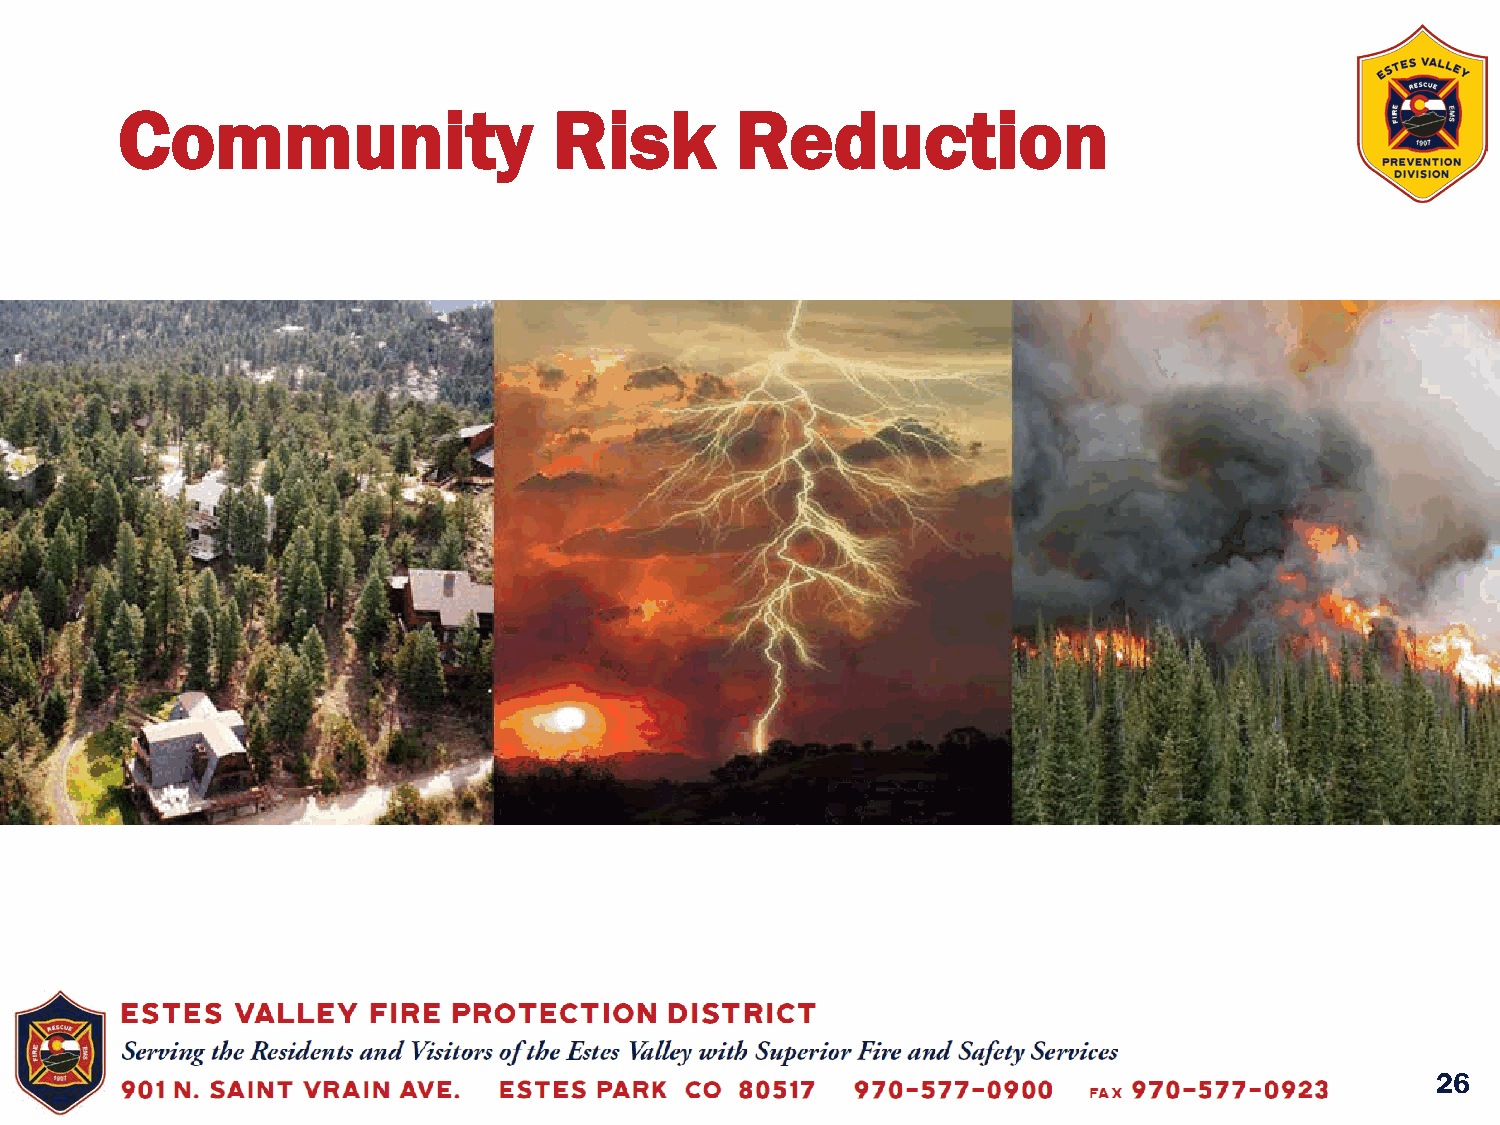
Community                    Risk        Reduction
 26